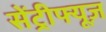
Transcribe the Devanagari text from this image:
सेंट्रीफ्यूज़